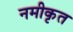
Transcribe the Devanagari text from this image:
नमीकृत